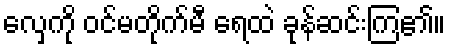
လှေကို ဝင်မတိုက်မီ ရေထဲ ခုန်ဆင်းကြ၏။